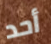
أحد